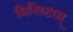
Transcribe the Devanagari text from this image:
मिनिस्टरस्